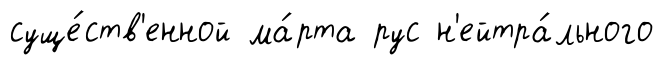
суще́ств'енной ма́рта рус н'ейтра́льного